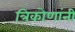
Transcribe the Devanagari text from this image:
त्रिकोणांनी